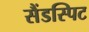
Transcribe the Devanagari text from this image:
सैंडस्पिट